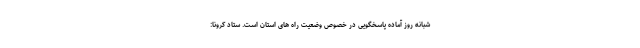
شبانه روز آماده پاسخگویی در خصوص وضعیت راه های استان است. ستاد کرونا: